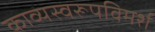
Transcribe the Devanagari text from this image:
काव्यस्वरूपविमर्श